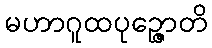
မဟာဂူထပုဉ္ဇောတိ